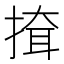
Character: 𢱕